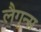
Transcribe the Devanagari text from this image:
लैगून्स